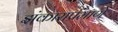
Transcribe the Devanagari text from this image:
झंकाराप्रमाणे